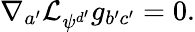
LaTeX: \nabla_{a^{\prime}}\mathcal{L}_{\psi^{d^{\prime}}}g_{b^{\prime}c^{\prime}}=0.